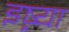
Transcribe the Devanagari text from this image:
इष्र्या